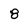
Character: 8